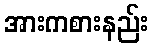
အားကစားနည်း